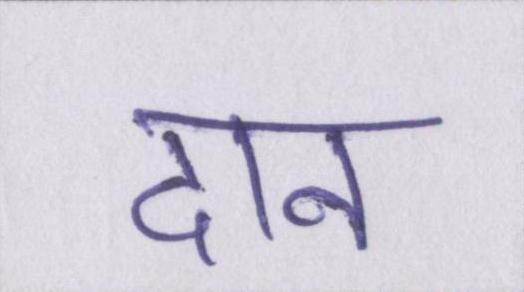
दान